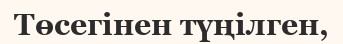
Төсегінен түңілген,